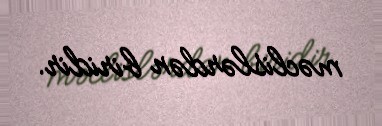
məclislərdən biridir.